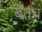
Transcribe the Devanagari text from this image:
बेतच